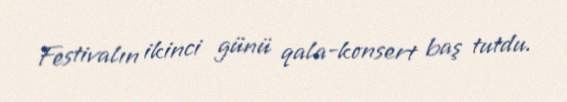
Festivalın ikinci günü qala-konsert baş tutdu.